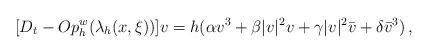
LaTeX: \begin{align*} [D_t - Op_h^w(\lambda_h(x,\xi))] v= h(\alpha v^3+ \beta|v|^2v + \gamma|v|^2\bar{v} + \delta\bar{v}^3) \,,\end{align*}